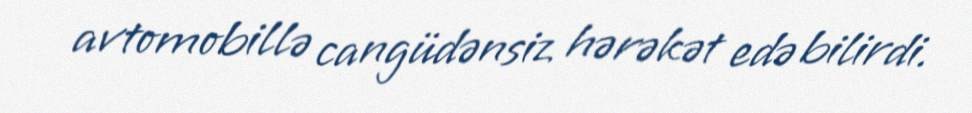
avtomobillə cangüdənsiz hərəkət edə bilirdi.